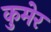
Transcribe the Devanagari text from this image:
कुमेर